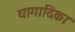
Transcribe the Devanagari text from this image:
यागादिकाः